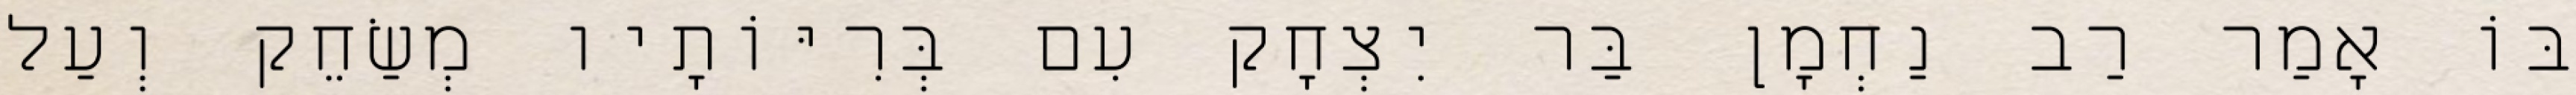
בּוֹ אָמַר רַב נַחְמָן בַּר יִצְחָק עִם בְּרִיּוֹתָיו מְשַׂחֵק וְעַל